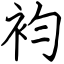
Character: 袀